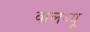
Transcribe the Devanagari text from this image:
वालथ्यू